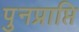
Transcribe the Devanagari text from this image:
पुनप्राप्ति